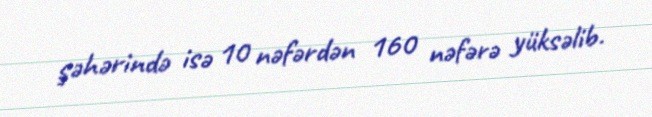
şəhərində isə 10 nəfərdən 160 nəfərə yüksəlib.